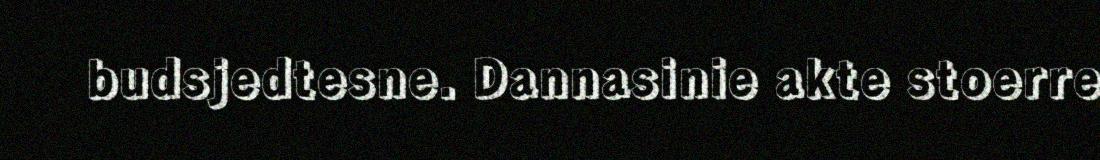
budsjedtesne. Dannasinie akte stoerre